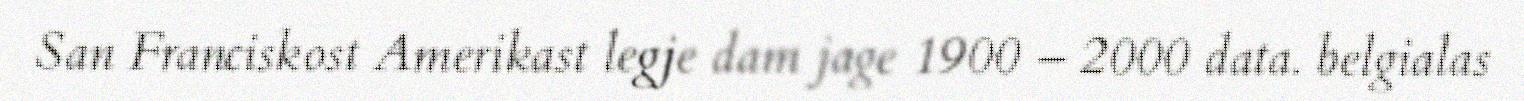
San Franciskost Amerikast legje dam jage 1900 – 2000 data. belgialas